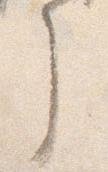
了